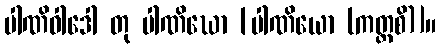
ပါဏိဝါဒေါ တု ပါဏိဃော [ပါဏိယော (ကတ္ထစိ)]။